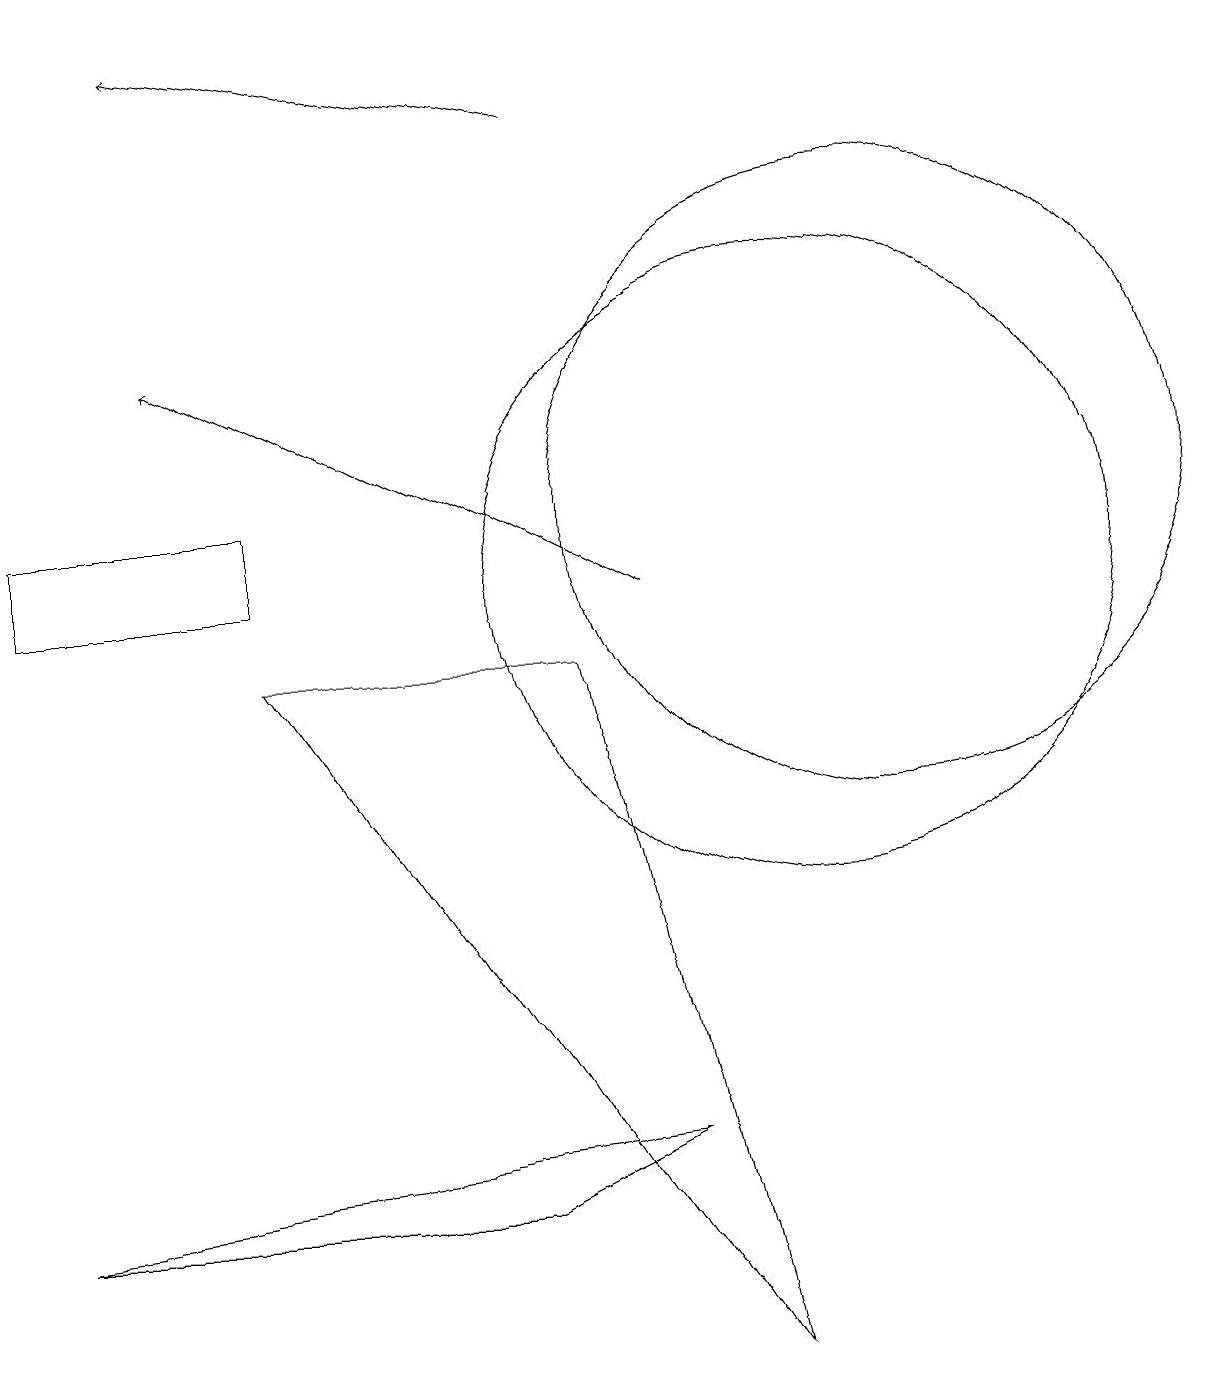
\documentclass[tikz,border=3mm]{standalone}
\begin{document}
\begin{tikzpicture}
\draw[->] (8,10) -- (2,13);
\draw (9,0) -- (7,9) -- (3,9) -- cycle;
\draw (10,10) circle (4);
\draw (11,11) circle (4);
\draw[->] (7,16) -- (2,17);
\draw (8,3) -- (0,2) -- (6,2) -- cycle;
\draw (0,11) rectangle (3,10);
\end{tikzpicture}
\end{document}